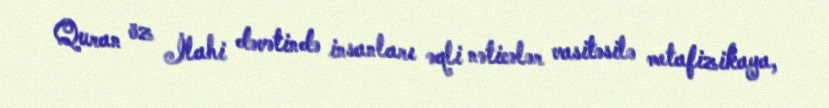
Quran öz İlahi dəvətində insanları əqli nəticələr vasitəsilə metafizikaya,